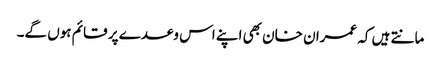
مانتے ہیں کہ عمران خان بھی اپنے اس وعدے پر قائم ہوں گے۔